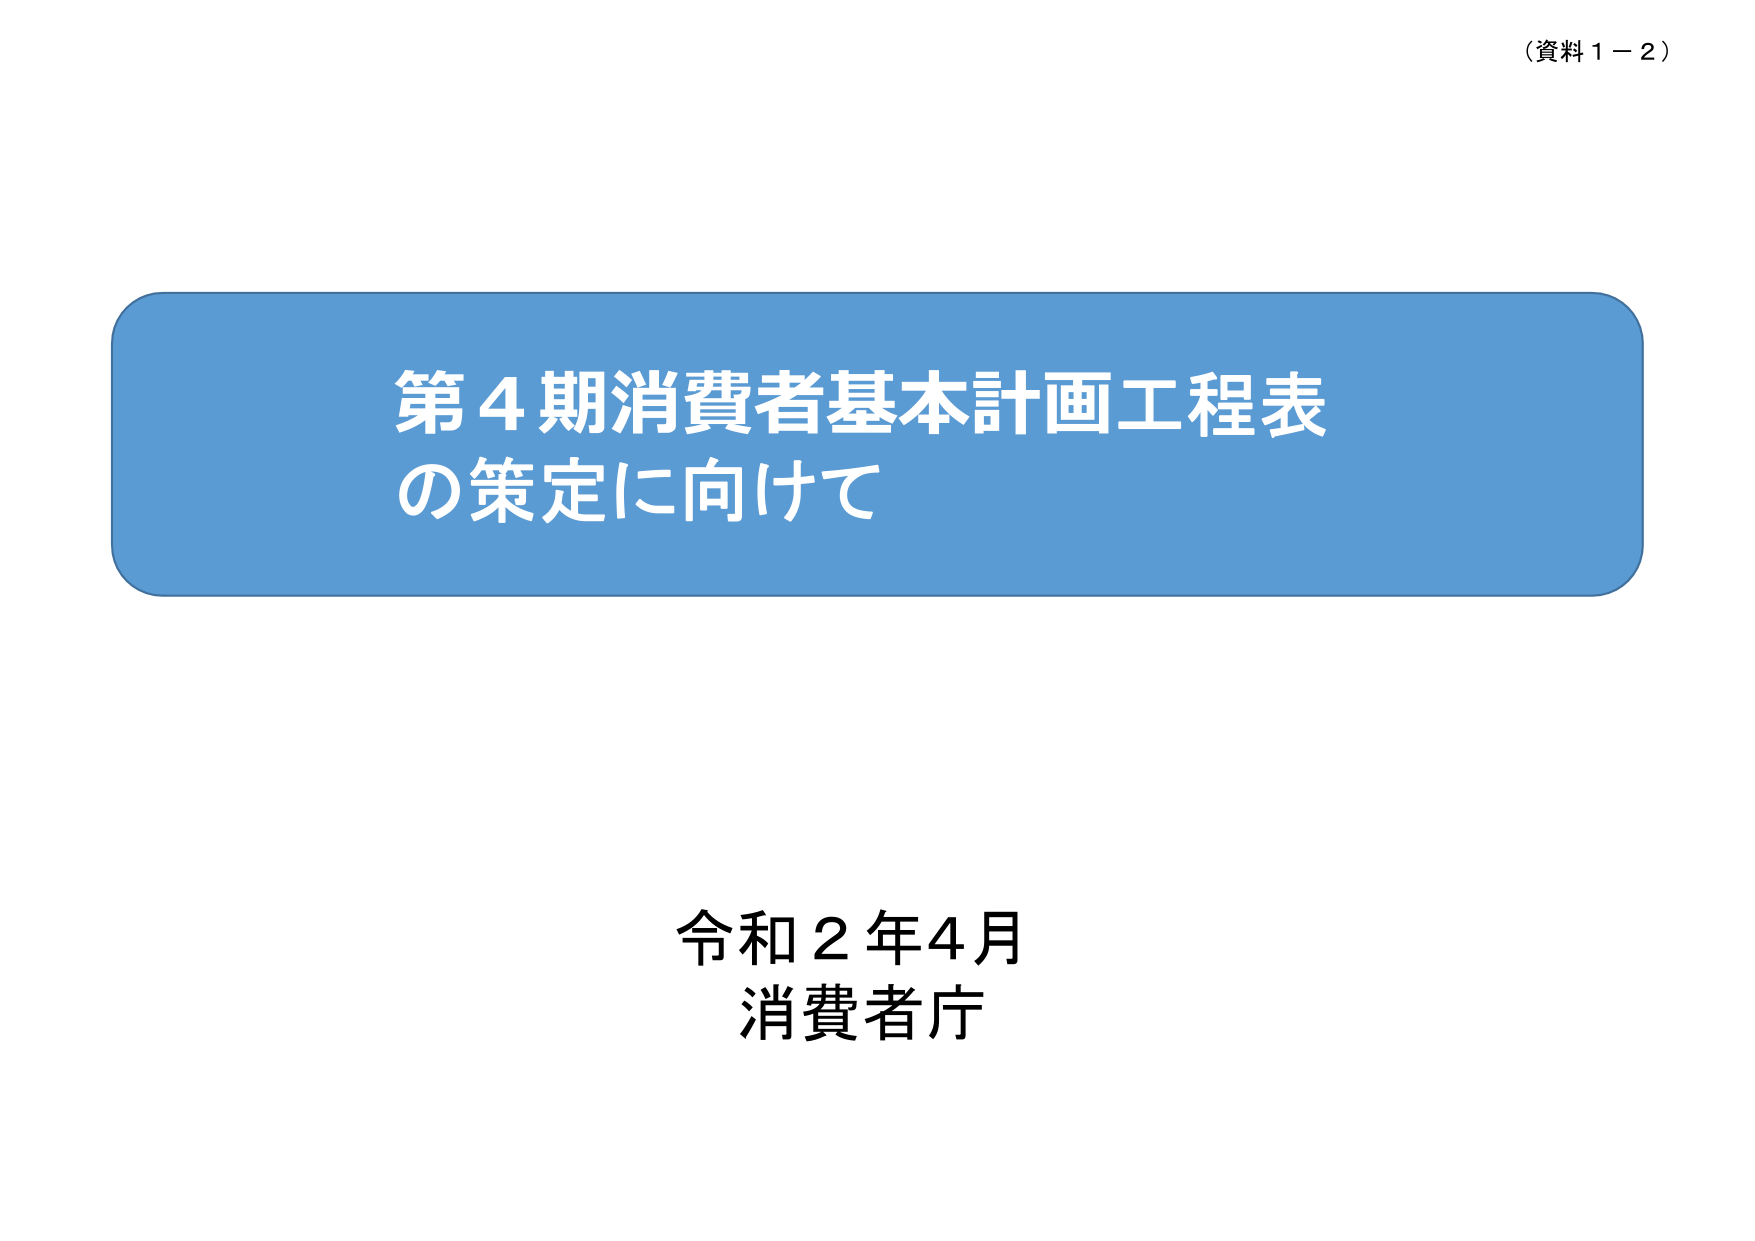
（資料１－２）

第４期消費者基本計画工程表
の策定に向けて

令和２年４月
消費者庁